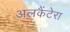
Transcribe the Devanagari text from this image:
अलकैंटेरा